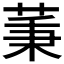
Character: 𦱮